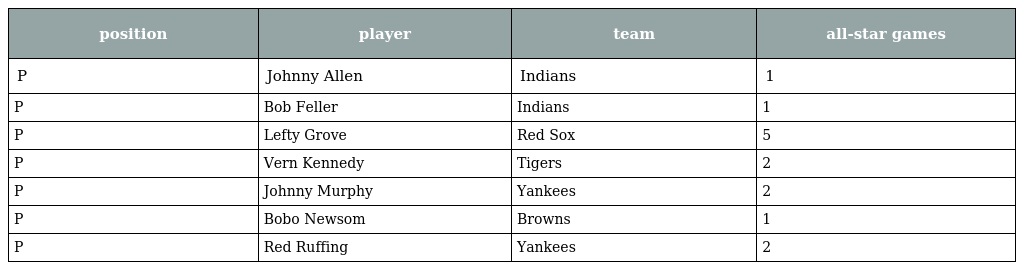
| position | player | team | all-star games |
 | --- | --- | --- | --- |
 | P | Johnny Allen | Indians | 1 |
 | P | Bob Feller | Indians | 1 |
 | P | Lefty Grove | Red Sox | 5 |
 | P | Vern Kennedy | Tigers | 2 |
 | P | Johnny Murphy | Yankees | 2 |
 | P | Bobo Newsom | Browns | 1 |
 | P | Red Ruffing | Yankees | 2 |